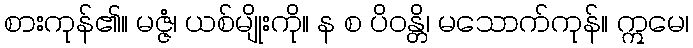
စားကုန်၏။ မဇ္ဇံ၊ ယစ်မျိုးကို။ န စ ပိဝန္တိ၊ မသောက်ကုန်။ ဣမေ၊